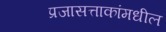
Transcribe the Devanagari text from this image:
प्रजासत्ताकांमधील